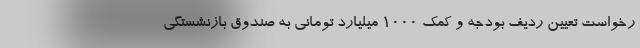
رخواست تعیین ردیف بودجه و کمک 1000 میلیارد تومانی به صندوق بازنشستگی